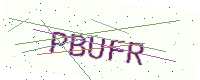
Text: PBUFR